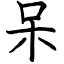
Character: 呆